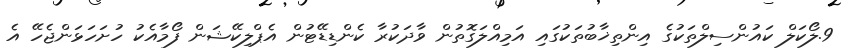
9.ލޯކަލް ކައުންސިލްތަކުގެ އިންތިޚާބުތަކުގައި އަމިއްލަގޮތުން ވާދަކުރާ ކެންޑިޑޭޓުން އެޕްލިކޭޝަން ފޯމާއެކު ހުށަހަޅަންޖެހޭ އެ